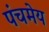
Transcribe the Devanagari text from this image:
पंचमेय